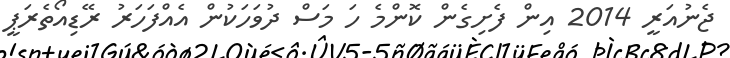
ޖެނުއަރީ 2014 އިން ފެށިގެން ކޮންމެ ހަ މަސް ދުވަހަކުން އެއްފަހަރު ރޭޑިއޯތެރަޕީ